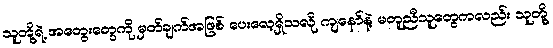
သူတို့ရဲ့ အတွေးတွေကို မှတ်ချက်အဖြစ် ပေးလေ့ရှိသလို ကျနော်နဲ့ မတူညီသူတွေကလည်း သူတို့